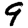
Digit: 9